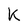
Character: K